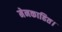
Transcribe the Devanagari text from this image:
मेनकाहित।